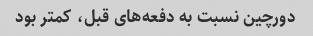
دورچین نسبت به دفعه‌های قبل، کمتر بود